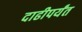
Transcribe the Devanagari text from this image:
दाढीपर्यंत